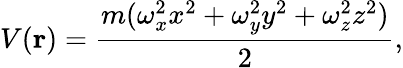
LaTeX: V(\mathbf{r})=\frac{m(\omega_{x}^{2}x^{2}+\omega_{y}^{2}y^{2}+\omega_{z}^{2}z^{2})}{2},